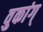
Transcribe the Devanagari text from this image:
वुकांग्